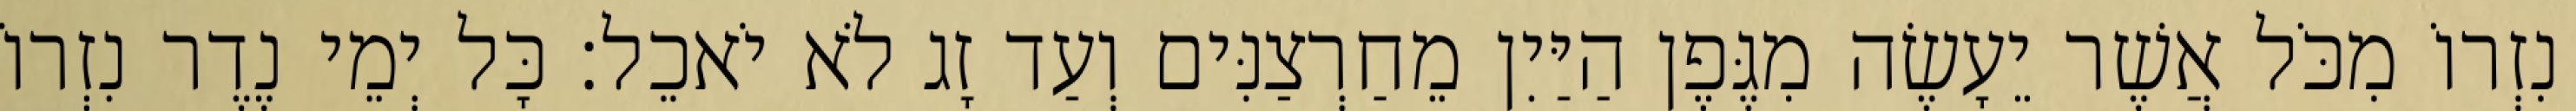
נִזְרוֹ מִכֹּל אֲשֶׁר יֵעָשֶׂה מִגֶּפֶן הַיַּיִן מֵחַרְצַנִּים וְעַד זָג לֹא יֹאכֵל׃ כָּל יְמֵי נֶדֶר נִזְרוֹ